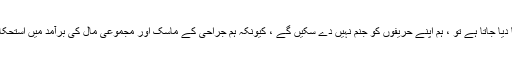
اگر گرانٹس کو ہٹا دیا جاتا ہے تو ، ہم اپنے حریفوں کو جنم نہیں دے سکیں گے ، کیونکہ ہم جراحی کے ماسک اور مجموعی مال کی برآمد میں استحکام فراہم کریں گے۔